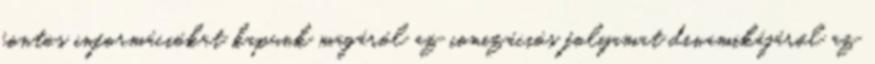
fontos információkat kapunk magáról az ionizációs folyamat dinamikájáról az